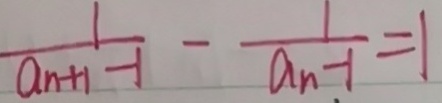
\frac { 1 } { a _ { n + 1 } - 1 } - \frac { 1 } { a _ { n } - 1 } = 1